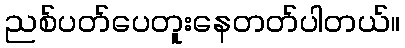
ညစ်ပတ်ပေတူးနေတတ်ပါတယ်။